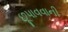
છૂપાવવાની